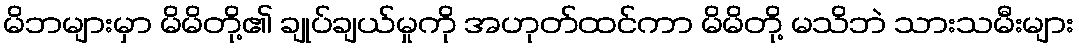
မိဘများမှာ မိမိတို့၏ ချုပ်ချယ်မှုကို အဟုတ်ထင်ကာ မိမိတို့ မသိဘဲ သားသမီးများ